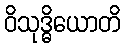
ဝိသုဒ္ဓိယောတိ